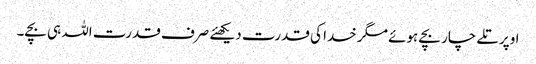
اوپر تلے چار بچے ہوئے مگر خدا کی قدرت دیکھئے صرف قدرت اللہ ہی بچے۔